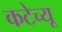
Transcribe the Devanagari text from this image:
कटेच्यू